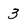
Character: 3